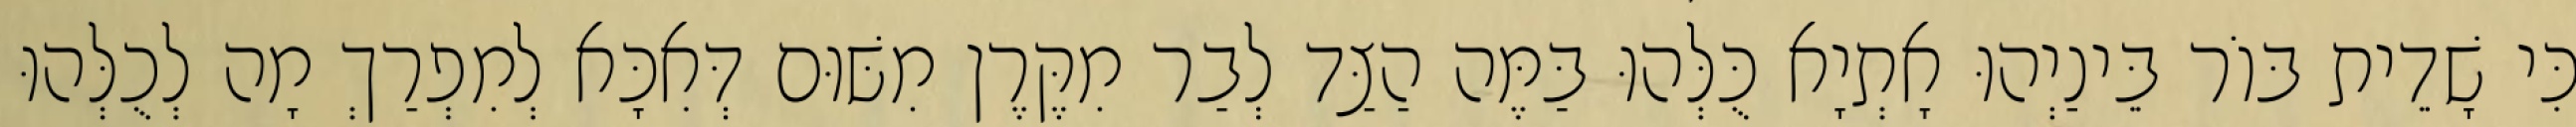
כִּי שָׁדֵית בּוֹר בֵּינַיְהוּ אָתְיָא כֻּלְּהוּ בַּמֶּה הַצַּד לְבַר מִקֶּרֶן מִשּׁוּם דְּאִכָּא לְמִפְרַךְ מָה לְכֻלְּהוּ